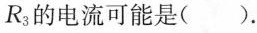
R_{3}的电流可能是( ).